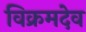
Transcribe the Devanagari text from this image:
विक्रमदेव